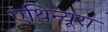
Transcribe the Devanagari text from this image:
एथिन्यूरा